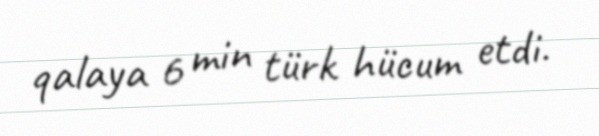
qalaya 6 min türk hücum etdi.